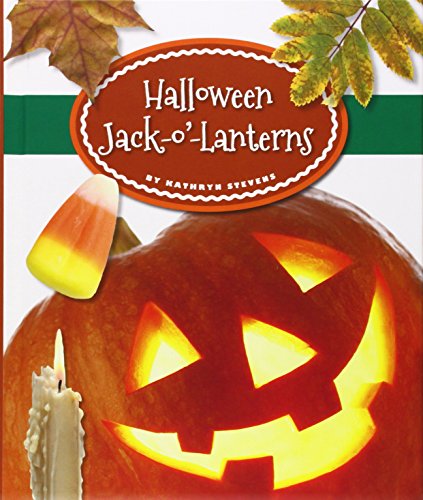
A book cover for Halloween Jack-o'-Lanterns (Our Holiday Symbols); Kathryn Stevens; Children's Books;